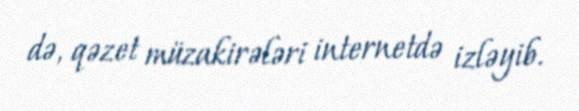
də, qəzet müzakirələri internetdə izləyib.